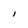
Character: l